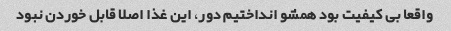
واقعا بی کیفیت بود همشو انداختیم دور، این غذا اصلا قابل خوردن نبود